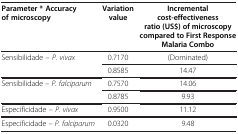
| Parameter * Accuracy of microscopy | Variation value | Incremental cost-effectiveness ratio (US$) of microscopy compared to First Response Malaria Combo |
 | --- | --- | --- |
 | Sensibilidade – P. vivax | 0.7170 | (Dominated) |
 |  | 0.8585 | 14.47 |
 | Sensibilidade – P. falciparum | 0.7570 | 14.06 |
 |  | 0.8785 | 9.93 |
 | Especificidade – P. vivax | 0.9500 | 11.12 |
 | Especificidade – P. falciparum | 0.0320 | 9.48 |